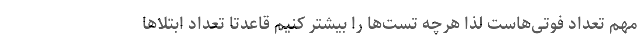
مهم تعداد فوتی‌هاست لذا هرچه تست‌ها را بیشتر کنیم قاعدتا تعداد ابتلاها